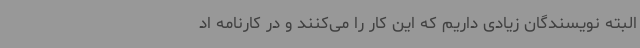
البته نویسندگان زیادی داریم که این کار را می‌کنند و در کارنامه اد